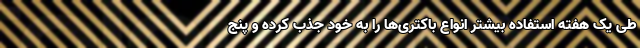
طی یک هفته استفاده بیشتر انواع باکتری‌ها را به خود جذب کرده و پنج